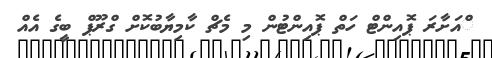
ްއަށާރަ ޕޮއިންޓް ހަތް ޕޮއިންޓުން މި މެޗް ކާމިޔާބުކޮށް ގްރޫޕް ބީގެ އެއް